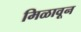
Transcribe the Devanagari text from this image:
मिळावून